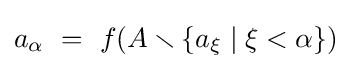
a_{\alpha }\ =\ f(A\smallsetminus \{a_{\xi }\mid \xi <\alpha \})